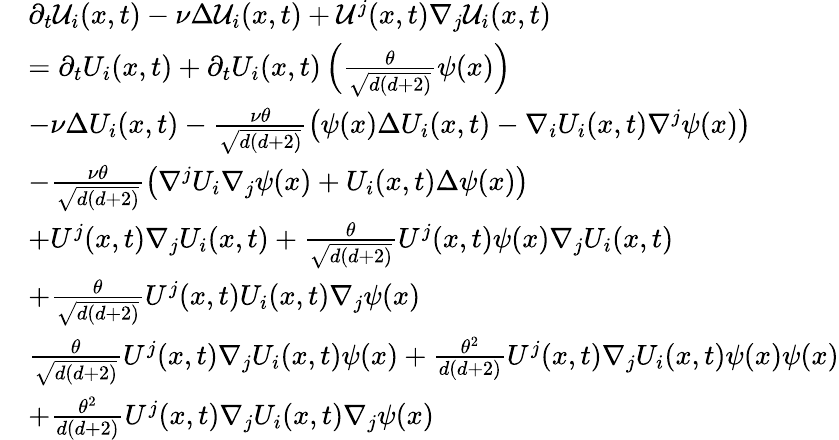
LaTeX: \begin{array}{rl}&{\partial_{t}\mathcal{U}_{i}(x,t)-\nu\Delta\mathcal{U}_{i}(x,t)+\mathcal{U}^{j}(x,t)\nabla_{j}\mathcal{U}_{i}(x,t)}\\ &{=\partial_{t}U_{i}(x,t)+\partial_{t}U_{i}(x,t)\left(\frac{\theta}{\sqrt{d(d+2)}}\psi(x)\right)}\\ &{-\nu\Delta U_{i}(x,t)-\frac{\nu\theta}{\sqrt{d(d+2)}}\left(\psi(x)\Delta U_{i}(x,t)-\nabla_{i}U_{i}(x,t)\nabla^{j}\psi(x)\right)}\\ &{-\frac{\nu\theta}{\sqrt{d(d+2)}}\left(\nabla^{j}U_{i}\nabla_{j}\psi(x)+U_{i}(x,t)\Delta\psi(x)\right)}\\ &{+U^{j}(x,t)\nabla_{j}U_{i}(x,t)+\frac{\theta}{\sqrt{d(d+2)}}U^{j}(x,t)\psi(x)\nabla_{j}U_{i}(x,t)}\\ &{+\frac{\theta}{\sqrt{d(d+2)}}U^{j}(x,t)U_{i}(x,t)\nabla_{j}\psi(x)}\\ &{\frac{\theta}{\sqrt{d(d+2)}}U^{j}(x,t)\nabla_{j}U_{i}(x,t)\psi(x)+\frac{\theta^{2}}{{d(d+2)}}U^{j}(x,t)\nabla_{j}U_{i}(x,t)\psi(x)\psi(x)}\\ &{+\frac{\theta^{2}}{{d(d+2)}}U^{j}(x,t)\nabla_{j}U_{i}(x,t)\nabla_{j}\psi(x)}\end{array}